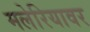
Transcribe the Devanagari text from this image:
मलेरियावर